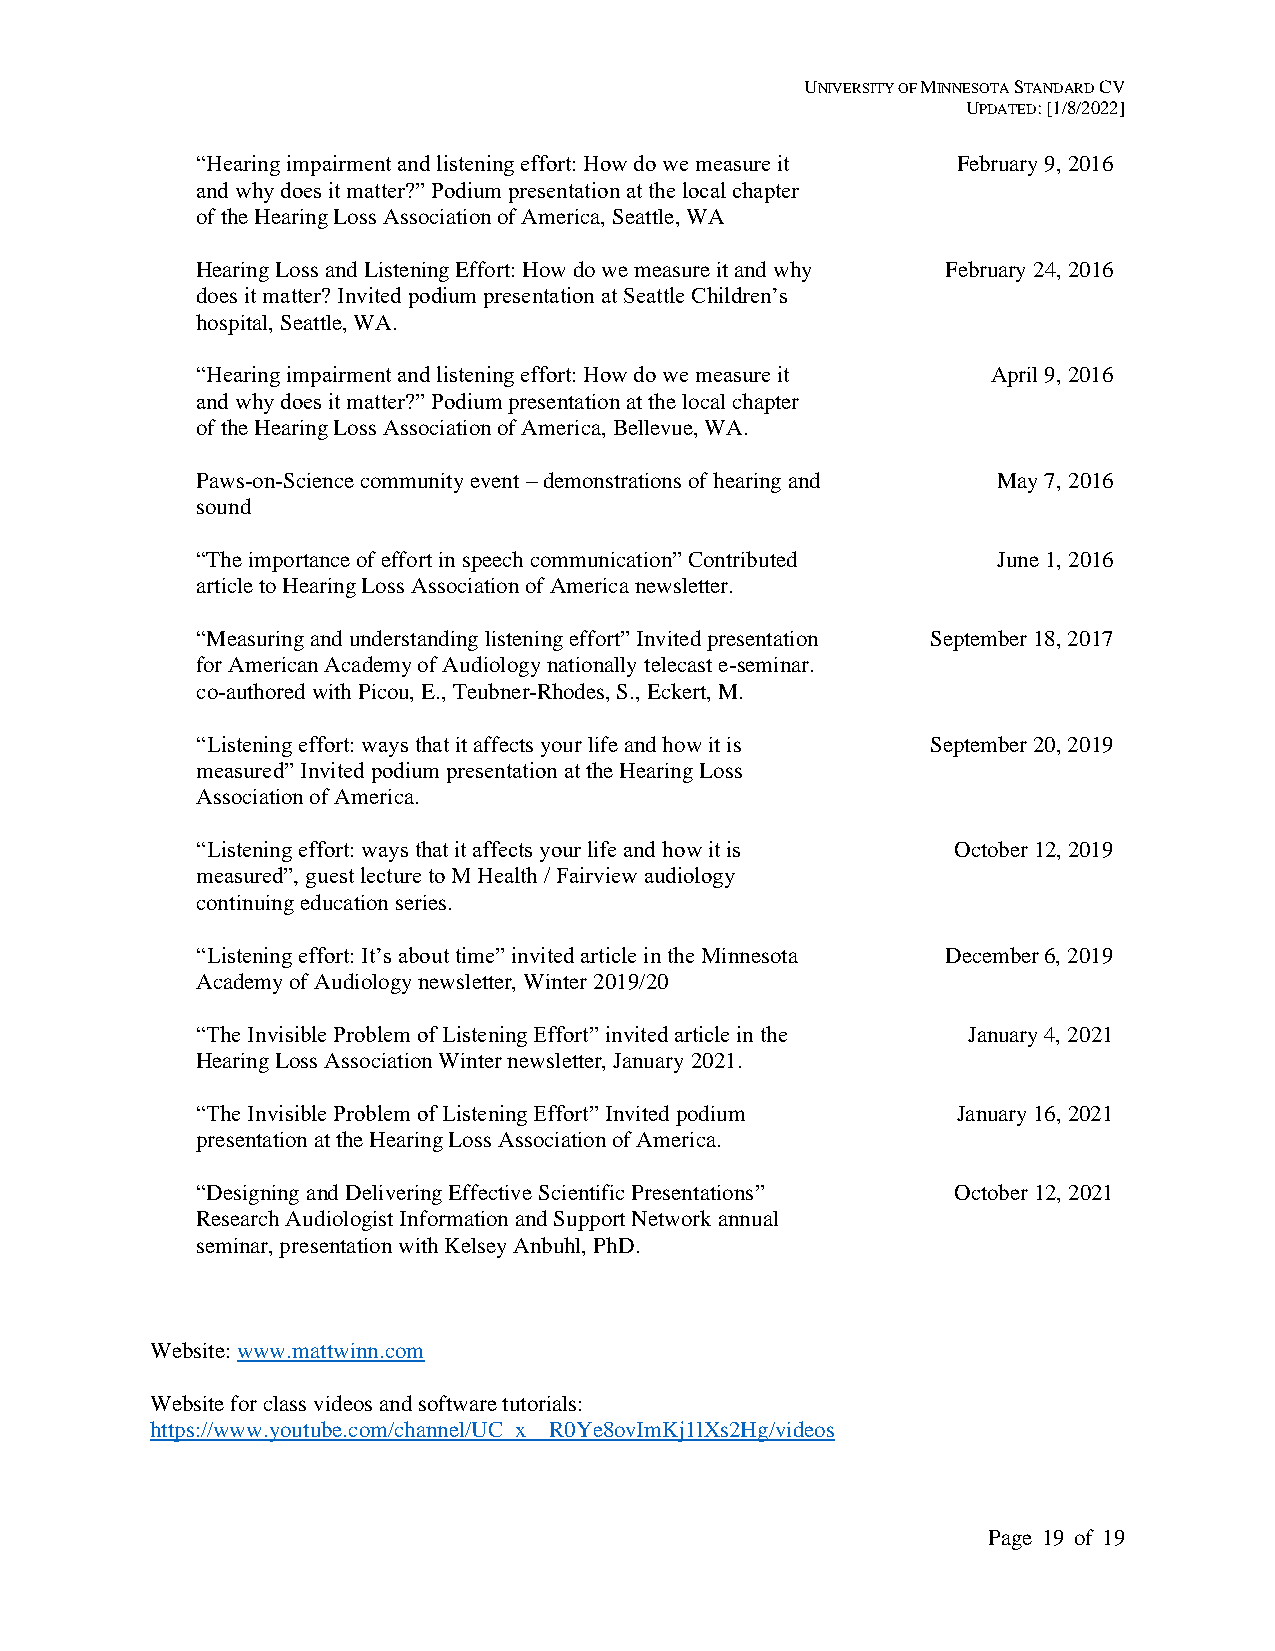
UNIVERSITY OF MINNESOTA STANDARD CV
 UPDATED: [1/8/2022]
 “Hearing impairment and listening effort: How do we measure it February 9, 2016
 and why does it matter?” Podium presentation at the local chapter
 of the Hearing Loss Association of America, Seattle, WA
 Hearing Loss and Listening Effort: How do we measure it and why February 24, 2016
 does it matter? Invited podium presentation at Seattle Children’s
 hospital, Seattle, WA.
 “Hearing impairment and listening effort: How do we measure it April 9, 2016
 and why does it matter?” Podium presentation at the local chapter
 of the Hearing Loss Association of America, Bellevue, WA.
 Paws-on-Science community event – demonstrations of hearing and May 7, 2016
 sound
 “The importance of effort in speech communication” Contributed June 1, 2016
 article to Hearing Loss Association of America newsletter.
 “Measuring and understanding listening effort” Invited presentation September 18, 2017
 for American Academy of Audiology nationally telecast e-seminar.
 co-authored with Picou, E., Teubner-Rhodes, S., Eckert, M.
 “Listening effort: ways that it affects your life and how it is September 20, 2019
 measured” Invited podium presentation at the Hearing Loss
 Association of America.
 “Listening effort: ways that it affects your life and how it is October 12, 2019
 measured”, guest lecture to M Health / Fairview audiology
 continuing education series.
 “Listening effort: It’s about time” invited article in the Minnesota December 6, 2019
 Academy of Audiology newsletter, Winter 2019/20
 “The Invisible Problem of Listening Effort” invited article in the January 4, 2021
 Hearing Loss Association Winter newsletter, January 2021.
 “The Invisible Problem of Listening Effort” Invited podium January 16, 2021
 presentation at the Hearing Loss Association of America.
 “Designing and Delivering Effective Scientific Presentations” October 12, 2021
 Research Audiologist Information and Support Network annual
 seminar, presentation with Kelsey Anbuhl, PhD.
 Website: www.mattwinn.com
 Website for class videos and software tutorials:
 https://www.youtube.com/channel/UC_x__R0Ye8ovImKj1lXs2Hg/videos
 Page 19 of 19